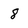
Character: 8